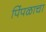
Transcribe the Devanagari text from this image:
पिंपळाचा